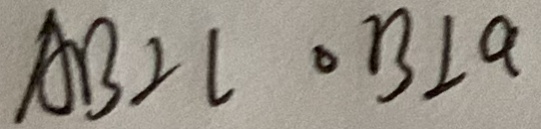
A B \bot l O B \bot a